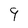
Character: 9